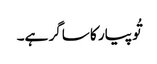
تُو پیار کا ساگر ہے۔